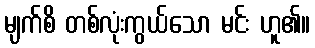
မျက်စိ တစ်လုံးကွယ်သော မင်း ဟူ၏။